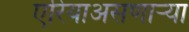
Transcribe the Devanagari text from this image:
एरियाअसणार्‍या